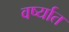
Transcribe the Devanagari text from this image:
वर्ष्यात